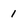
Character: 1